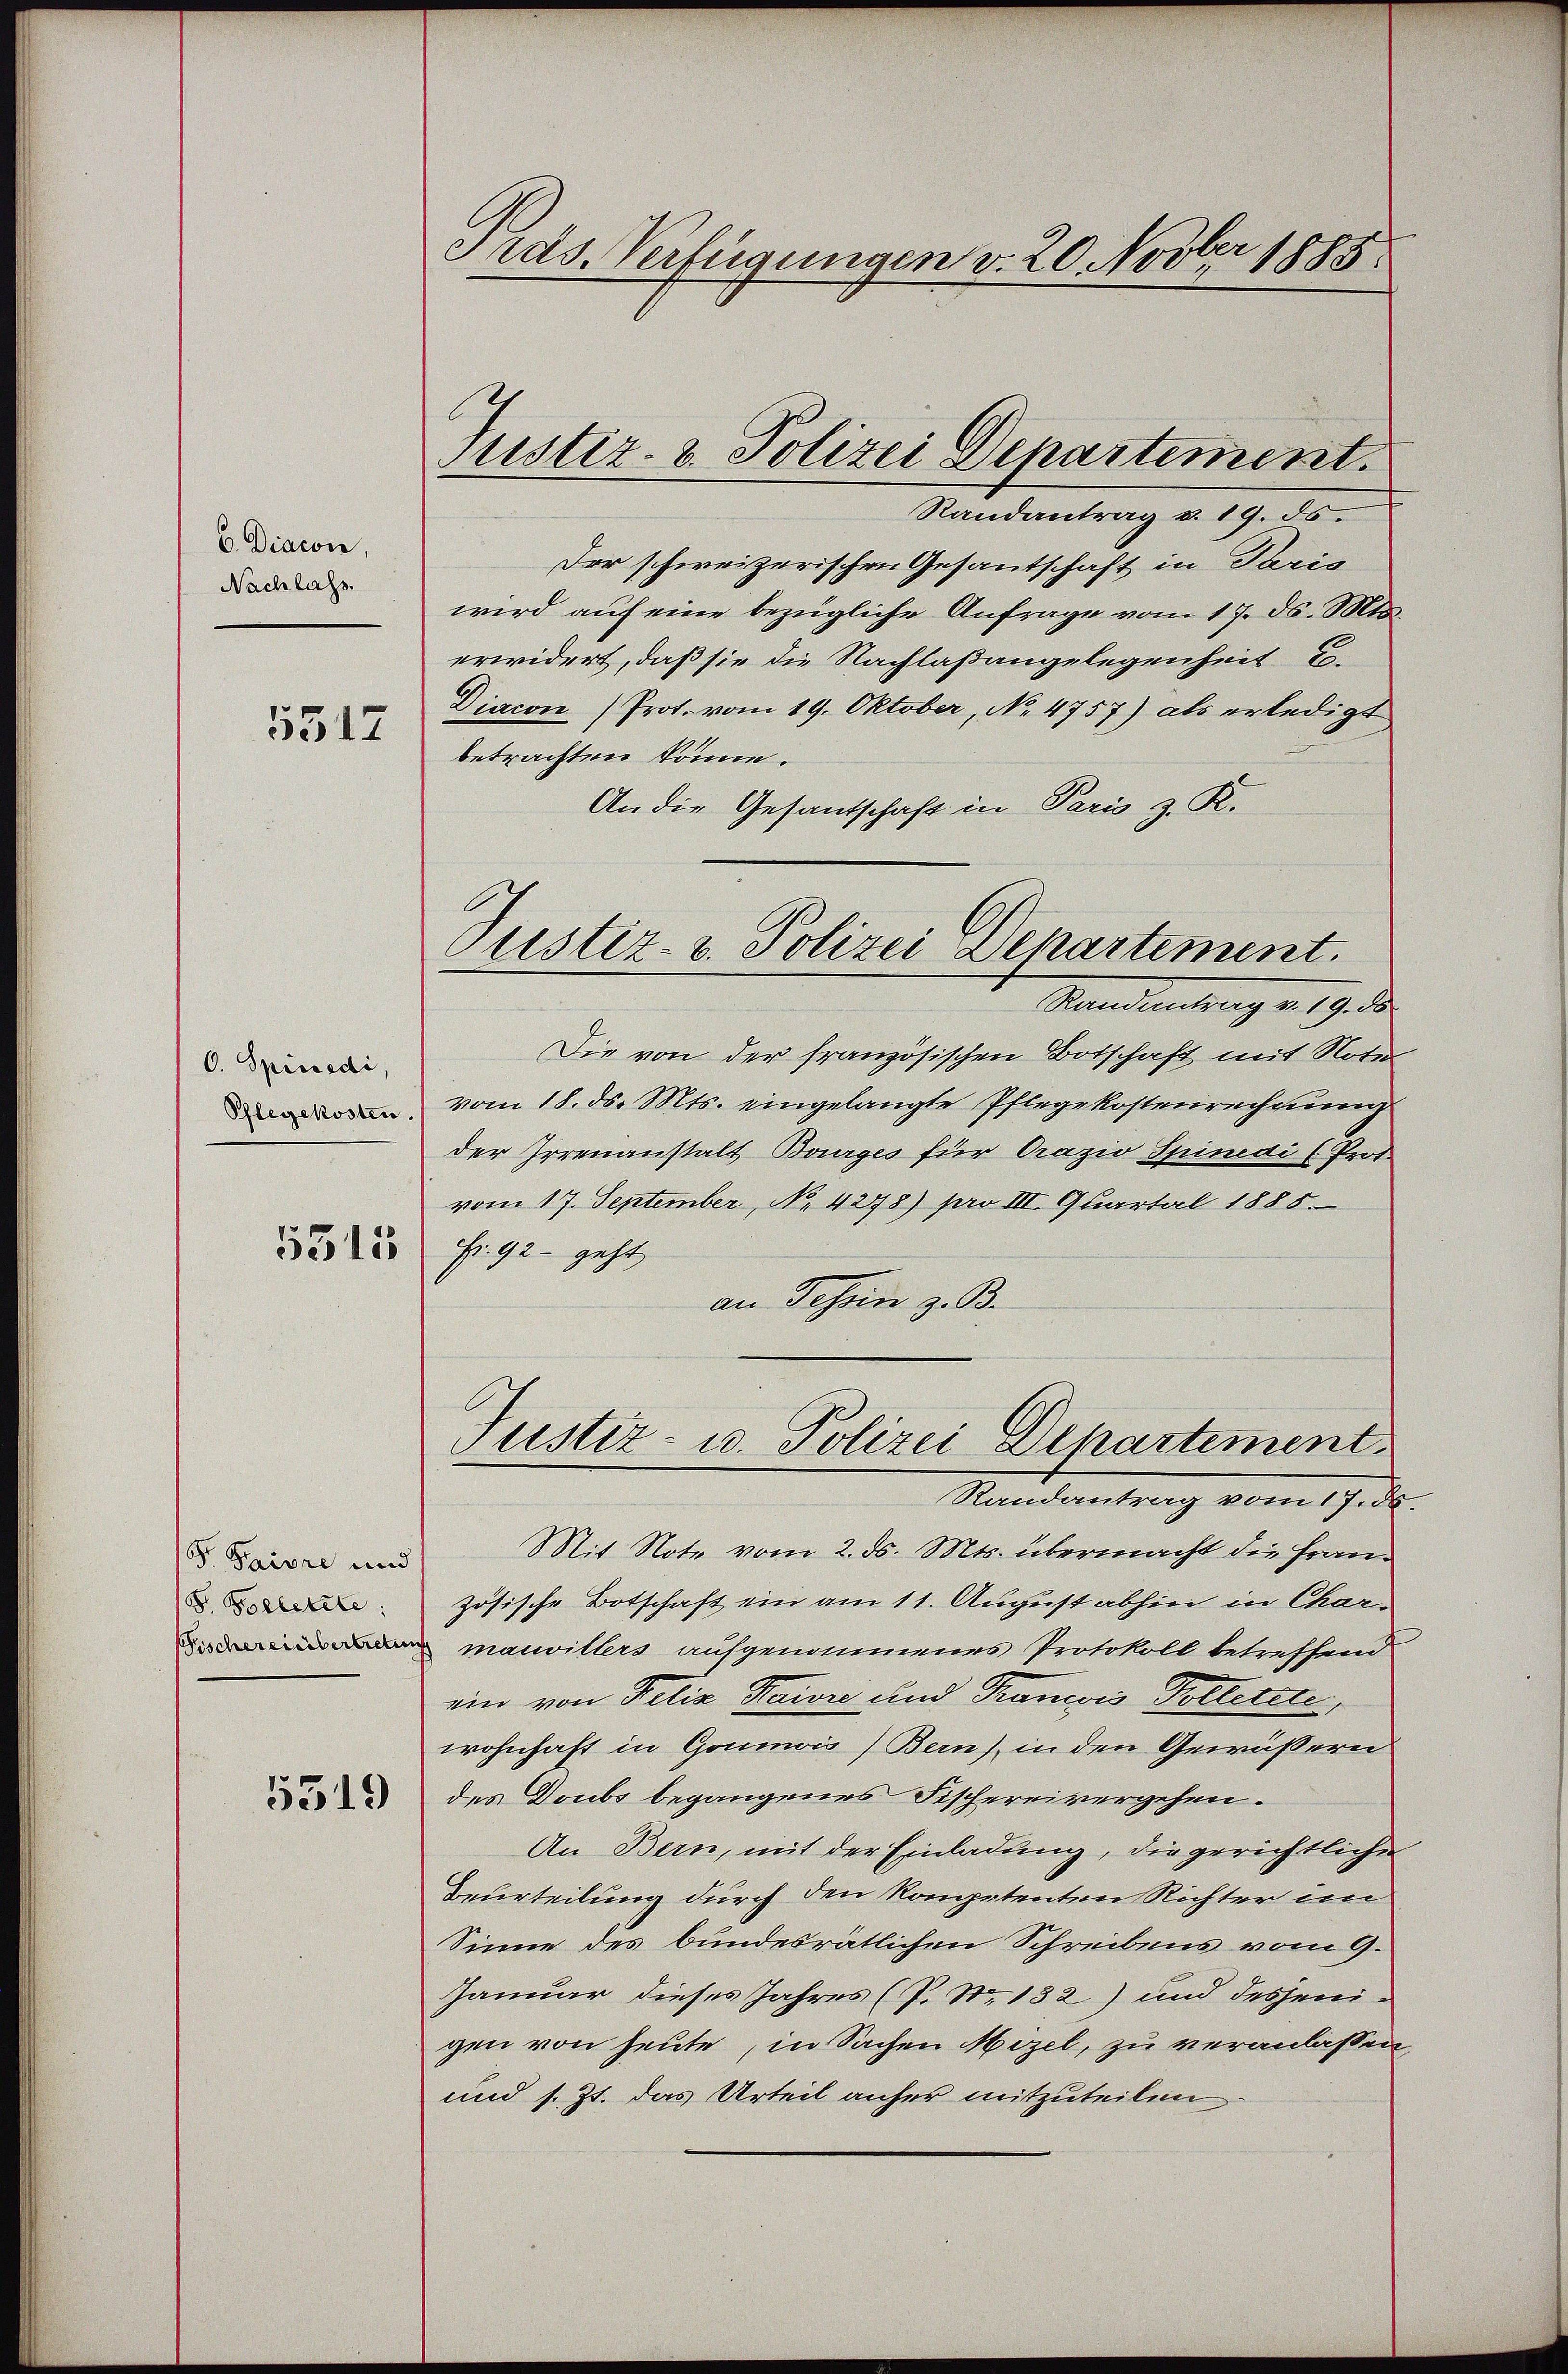
b. Diacon,
Nachlass.
5517

C. Spinedi,
Pflegekosten.

5311

r. Priore und
F. Borletzte:

5519

Präs. Verfügungen v. 20 Novber 1885.

Justiz- & Polizei Departement.

Randantrag v. 19. ds.
Der schweizerischen Gesantschaft in Paris
wird auf eine bezügliche Anfrage vom 17. ds. Mts.
erwidert, daß sie die Nachlaßangelegenheit C.
Diacon (Prot. vom 19. Oktober, No. 4757) als erledigt
betrachten könne.
An die Gesantschaft in Paris z. R.
Standentrag v. 19. d.
Die von der französischen Botschaft mit Noter
vom 18. ds. Mts. eingelangte Pflegekostenrechnung
der Irrenanstalt Bourges für Prazio Spinedi (Prot
vom 17. September, No. 4278) pro III. Quartal 1885.
Fr. 92 - geht,
an Tessin z. B.
Justiz- u. Polizei Departement
Randantrag vom 17. ds.
Mit Note vom 2. ds. Mts. übermacht die Französische Botschaft ein am 11. August abhin in Char¬
 mauvillers aufgenommenes Protokoll betreffend
ein von Felix Baire und Transis Polterete,
wohnhaft in Goumis) Bern) in den Gewässern
des Doubs begangenes Fischereivergehen.
An Bern, mit der Einladung, die gerichtliche
Beurteilung durch den kompetenten Richter im
Sinne des bundesrätlichen Schreibens vom 9.
Januar dieses Jahres (P. Nr. 132) und desjenigen von heute in Sachen Mezel, zu veranlassen,
und s. Zt. das Urteil anher mitzuteilen

Justiz- u. Polizei Departement.